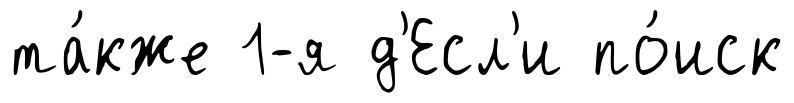
та́кже 1-я д'Есл'и по́иск